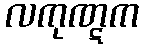
လကုဏ္ဋက